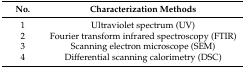
| No. | Characterization Methods |
 | --- | --- |
 | 1 | Ultraviolet spectrum (UV) |
 | 2 | Fourier transform infrared spectroscopy (FTIR) |
 | 3 | Scanning electron microscope (SEM) |
 | 4 | Differential scanning calorimetry (DSC) |